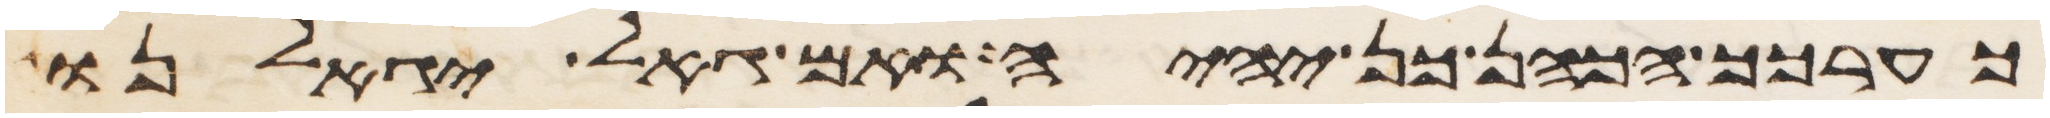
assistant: כערכך הכהן כן יהיה ואם גאל יגאלנו